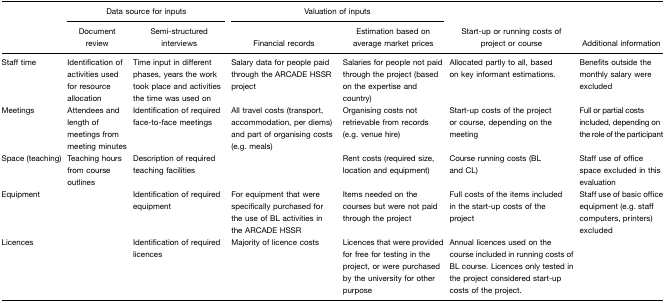
|  | <COLSPAN=2> Data source for inputs | <COLSPAN=2> Valuation of inputs |  |  |
 |  | Document review | Semi-structured interviews | Financial records | Estimation based on average market prices | Start-up or running costs of project or course | Additional information |
 | --- | --- | --- | --- | --- | --- | --- |
 | Staff time | Identification of activities used for resource allocation | Time input in different phases, years the work took place and activities the time was used on | Salary data for people paid through the ARCADE HSSR project | Salaries for people not paid through the project (based on the expertise and country) | Allocated partly to all, based on key informant estimations. | Benefits outside the monthly salary were excluded |
 | Meetings | Attendees and length of meetings from meeting minutes | Identification of required face-to-face meetings | All travel costs (transport, accommodation, per diems) and part of organising costs (e.g. meals) | Organising costs not retrievable from records (e.g. venue hire) | Start-up costs of the project or course, depending on the meeting | Full or partial costs included, depending on the role of the participant |
 | Space (teaching) | Teaching hours from course outlines | Description of required teaching facilities |  | Rent costs (required size, location and equipment) | Course running costs (BL and CL) | Staff use of office space excluded in this evaluation |
 | Equipment |  | Identification of required equipment | For equipment that were specifically purchased for the use of BL activities in the ARCADE HSSR | Items needed on the courses but were not paid through the project | Full costs of the items included in the start-up costs of the project | Staff use of basic office equipment (e.g. staff computers, printers) excluded |
 | Licences |  | Identification of required licences | Majority of licence costs | Licences that were provided for free for testing in the project, or were purchased by the university for other purpose | Annual licences used on the course included in running costs of BL course. Licences only tested in the project considered start-up costs of the project. |  |